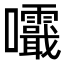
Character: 𡅺